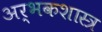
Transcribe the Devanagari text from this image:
अर्भकशास्त्र